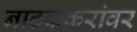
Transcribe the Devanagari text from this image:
नाटककरांवर